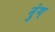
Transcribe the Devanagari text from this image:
नुंग